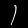
Label: 1